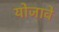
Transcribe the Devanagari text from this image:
योजावे